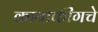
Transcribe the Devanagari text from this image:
कायाकींगचे